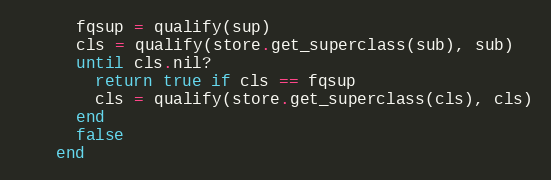
Language: Ruby
      fqsup = qualify(sup)
      cls = qualify(store.get_superclass(sub), sub)
      until cls.nil?
        return true if cls == fqsup
        cls = qualify(store.get_superclass(cls), cls)
      end
      false
    end